Report of an investigation into the causes of malaria in Bombay and the measures necessary for its control
Disease focus: Malaria
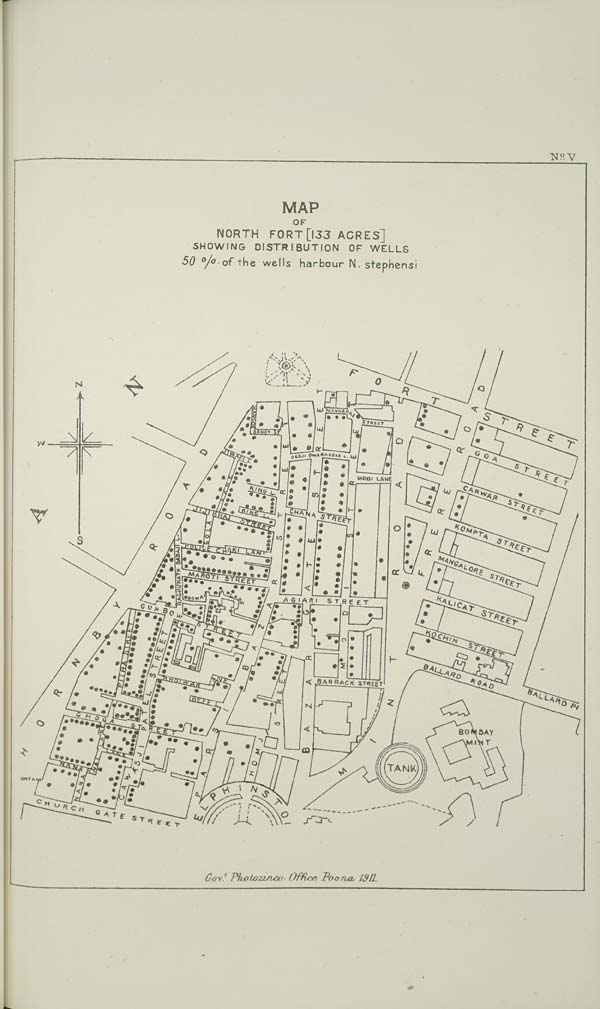
No: V